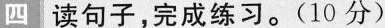
四读句子，完成练习。(10分)